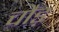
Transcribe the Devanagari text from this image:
चौड़